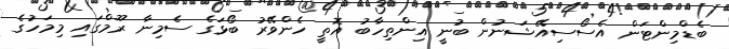
ބެޑްމިންޓަން އެސޯސިއޭޝަނުން ބުނީ އިންތިހާބު އޮތީ ހެންވޭރު ބޯޅަގެ ސެމިނާ ރޫމްގައި މިމަހުގެ